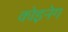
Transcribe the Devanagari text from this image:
कोइनेग